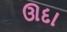
ઊદા